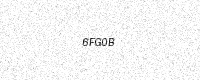
Text: 6FG0B